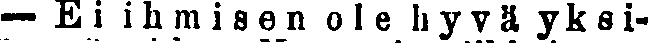
— Ei ihmisen ole hyvä yksi-